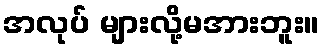
အလုပ် များလို့မအားဘူး။